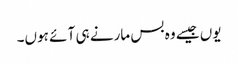
یوں جیسے وہ بس مارنے ہی آ ئے ہوں۔